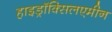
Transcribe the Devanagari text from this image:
हाइड्राॅक्सिलएमीन